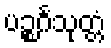
ပဉ္စင်္ဂသုတ္တံ